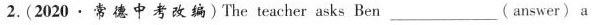
2.(2020.常 德中考改编)The teacher asks Ben ___ (answer) a